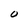
Character: O